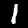
Digit: 1